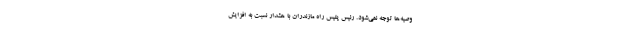
وصیه‌ها توجه نمی‌شود. رئیس پلیس راه مازندران با هشدار نسبت به افزایش